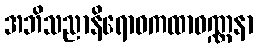
အဘိသညာနိရောဓကထာဝဏ္ဏနာ